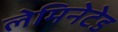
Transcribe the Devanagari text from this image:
लेमिनेटेड